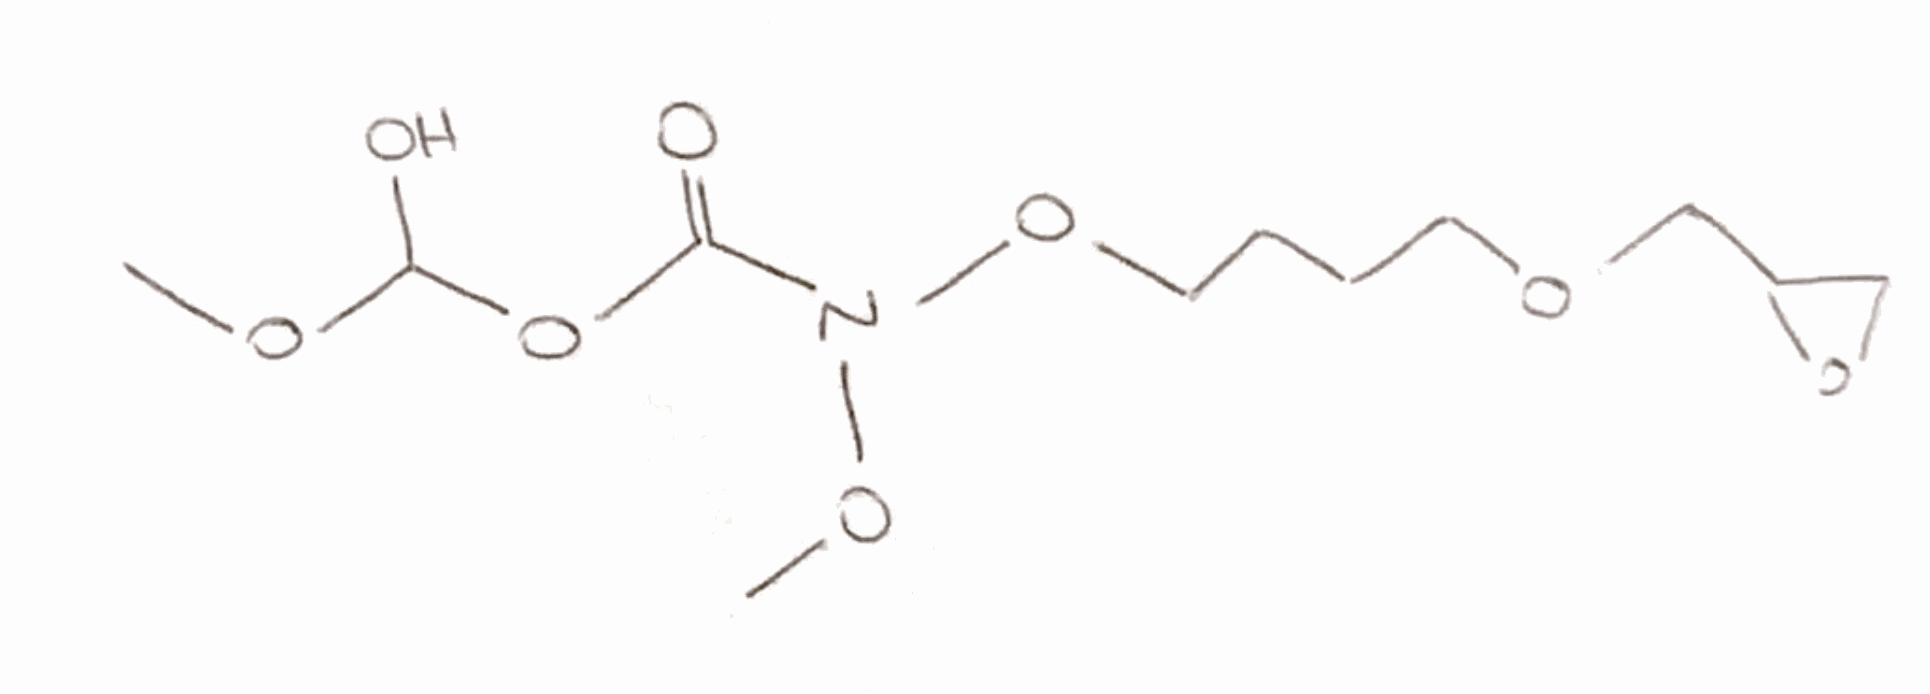
Simplified molecular-input line-entry system (SMILES) notation of the given molecule:
COC(O)OC(=O)N(OC)OCCCCOCC1CO1